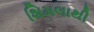
શિમલાથી